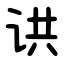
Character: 䜤